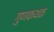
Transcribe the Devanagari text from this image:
गुणकथक